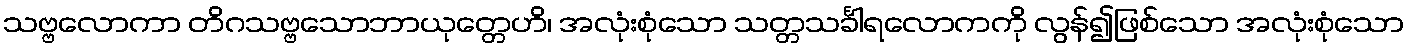
သဗ္ဗလောကာ တိဂသဗ္ဗသောဘာယုတ္တေဟိ၊ အလုံးစုံသော သတ္တသင်္ခါရလောကကို လွန်၍ဖြစ်သော အလုံးစုံသော